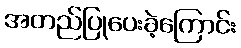
အတည်ပြုပေးခဲ့ကြောင်း